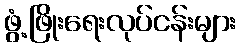
ဖွံ့ဖြိုးရေးလုပ်ငန်းများ